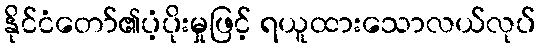
နိုင်ငံတော်၏ပံ့ပိုးမှုဖြင့် ရယူထားသောလယ်လုပ်